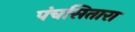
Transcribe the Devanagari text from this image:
पंचसितारा